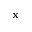
{ \bf x }